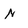
Character: N